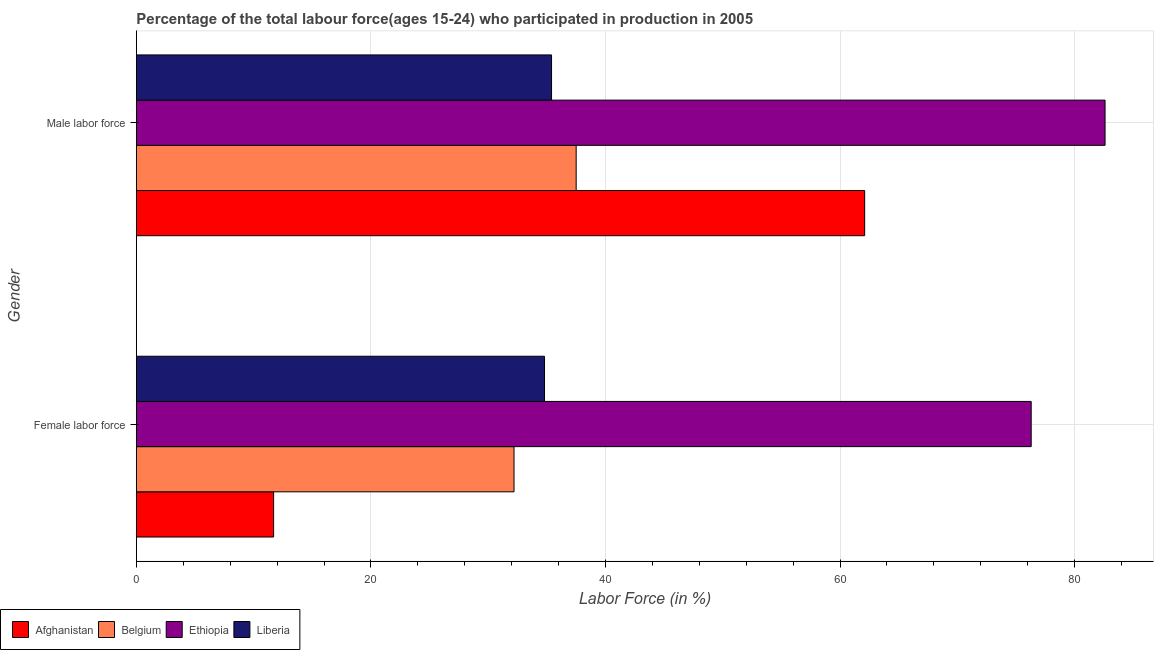
| Gender | Afghanistan | Belgium | Ethiopia | Liberia |
 | --- | --- | --- | --- | --- |
 | Female labor force | 11.7 | 32.2 | 76.3 | 34.8 |
 | Male labor force | 62.1 | 37.5 | 82.6 | 35.4 |